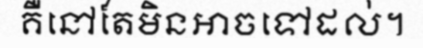
គឺនៅតែមិនអាចទៅដល់។